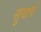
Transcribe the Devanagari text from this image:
सुथापे